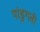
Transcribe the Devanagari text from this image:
पांडुगती